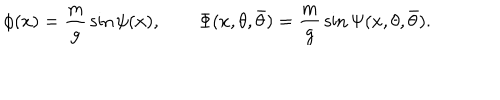
\phi ( x ) = { \frac { m } { g } } \sin \psi ( x ) , \qquad \Phi ( x , \theta , \bar { \theta } ) = { \frac { m } { g } } \sin \Psi ( x , \theta , \bar { \theta } ) .